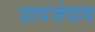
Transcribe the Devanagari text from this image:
डायजे़पाम